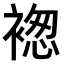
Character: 𧛤